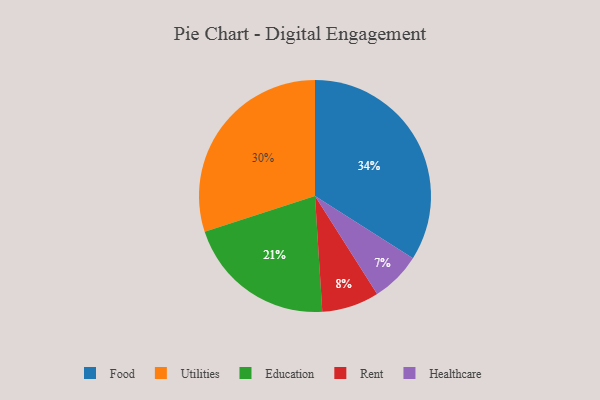
{"axis": {"x": "Category", "y": "Percentage"}, "legend": ["Education", "Food", "Healthcare", "Rent", "Utilities"], "data": [{"x": "Education", "y": 21, "type": "Education"}, {"x": "Utilities", "y": 30, "type": "Utilities"}, {"x": "Food", "y": 34, "type": "Food"}, {"x": "Rent", "y": 8, "type": "Rent"}, {"x": "Healthcare", "y": 7, "type": "Healthcare"}]}